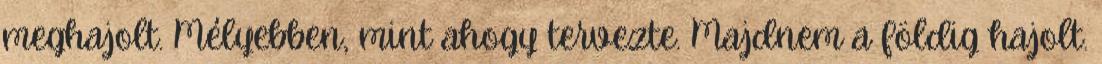
meghajolt. Mélyebben, mint ahogy tervezte. Majdnem a földig hajolt.